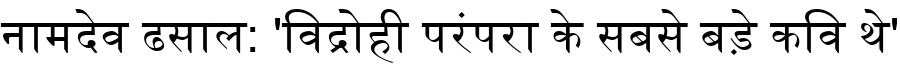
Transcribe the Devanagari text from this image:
नामदेव ढसाल: 'विद्रोही परंपरा के सबसे बड़े कवि थे'